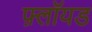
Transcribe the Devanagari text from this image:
फ़्लॉयड